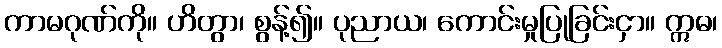
ကာမဂုဏ်ကို။ ဟိတွာ၊ စွန့်၍။ ပုညာယ၊ ကောင်းမှုပြုခြင်းငှာ။ ဣဓ၊